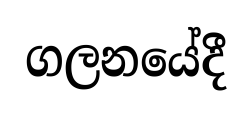
ගලනයේදී